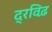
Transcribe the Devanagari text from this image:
द्रविढ़